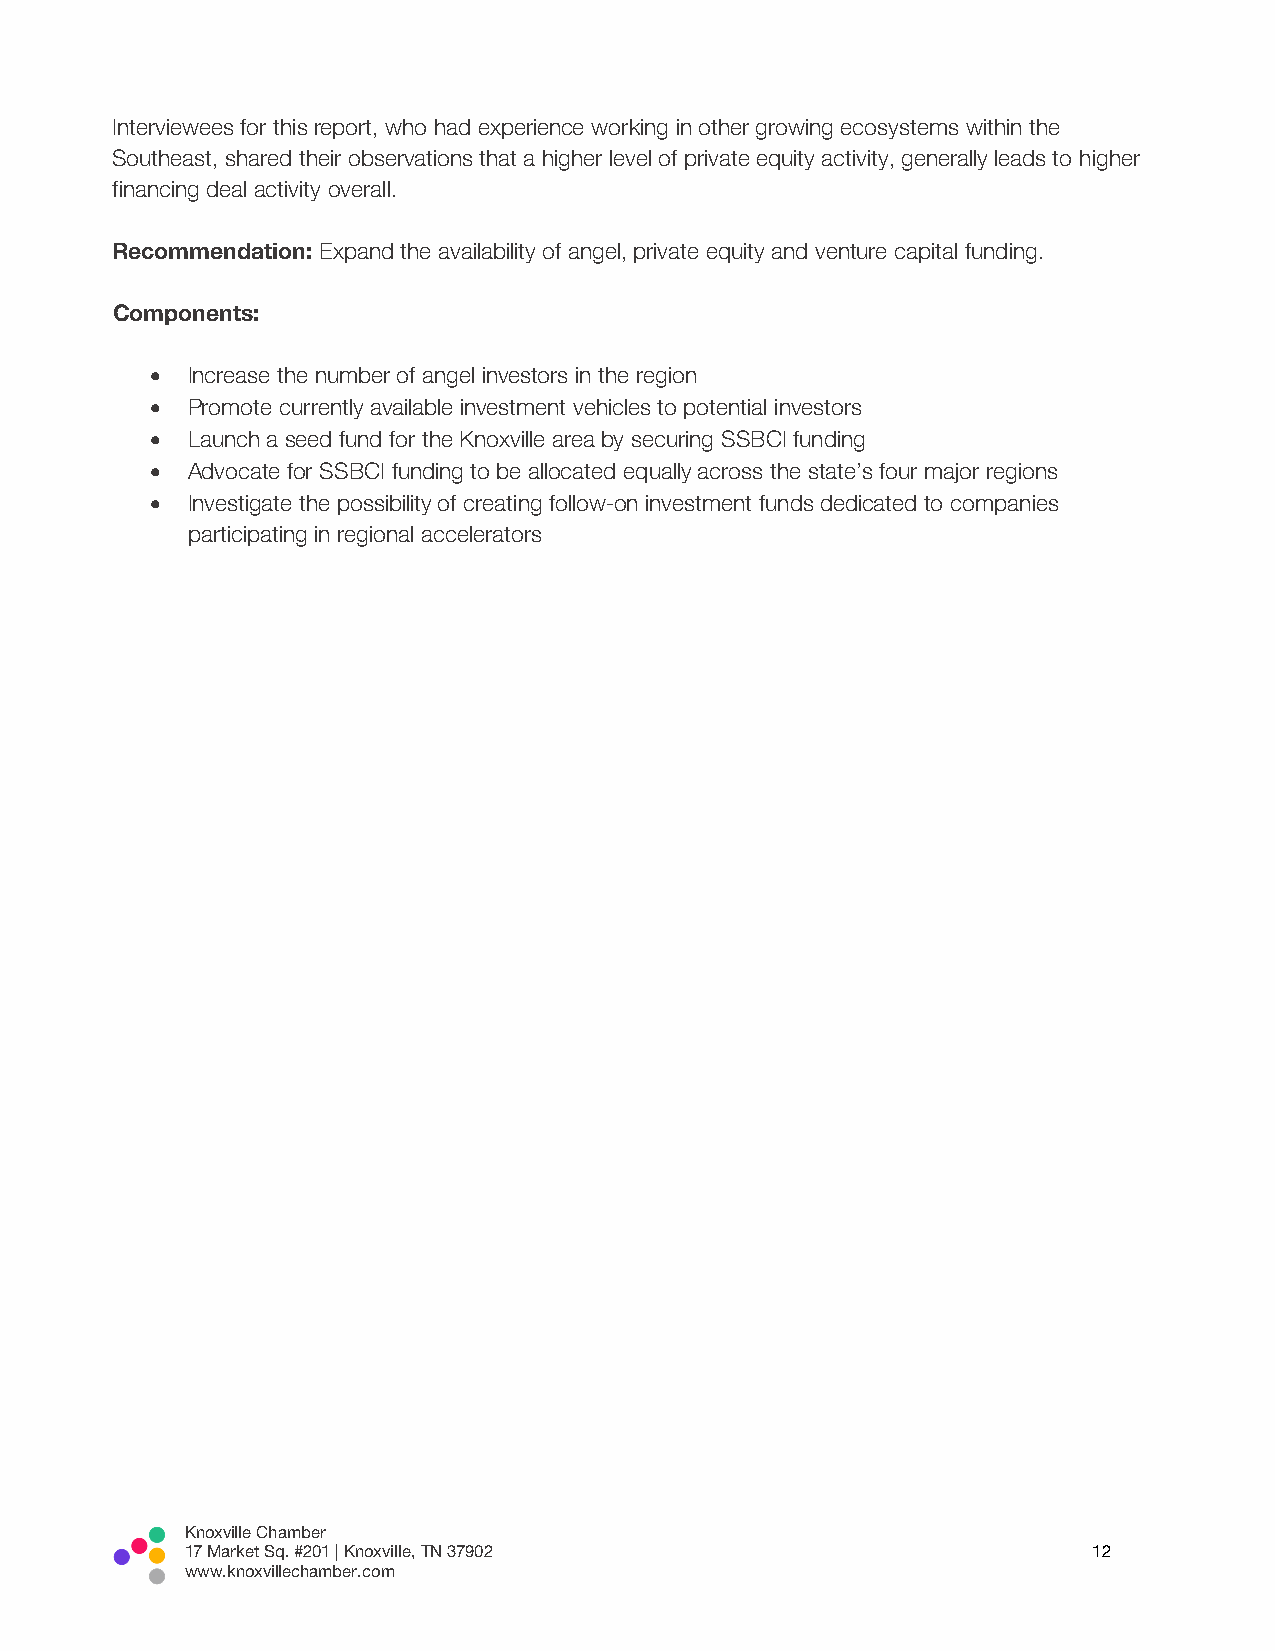
Interviewees for this report, who had experience working in other growing ecosystems within the
 Southeast, shared their observations that a higher level of private equity activity, generally leads to higher
 financing deal activity overall.
 Recommendation: Expand the availability of angel, private equity and venture capital funding.
 Components:
 • Increase the number of angel investors in the region
 • Promote currently available investment vehicles to potential investors
 • Launch a seed fund for the Knoxville area by securing SSBCI funding
 • Advocate for SSBCI funding to be allocated equally across the state’s four major regions
 • Investigate the possibility of creating follow-on investment funds dedicated to companies
 participating in regional accelerators
 Knoxville Chamber
 17 Market Sq. #201 | Knoxville, TN 37902                    12
 www.knoxvillechamber.com